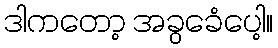
ဒါကတော့ အခွခေံပေါ့။